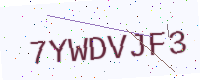
Text: 7YWDVJF3